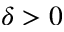
\delta > 0